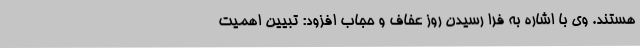
هستند. وی با اشاره به فرا رسیدن روز عفاف و حجاب افزود: تبیین اهمیت